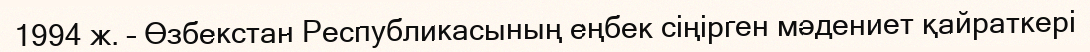
1994 ж. – Өзбекстан Республикасының еңбек сіңірген мәдениет қайраткері